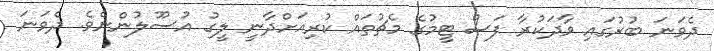
ދެވަނަ ބުރުގައި ވާދަކުރާ ފަސް ޓީމުގެ މެޗުތައް ކުރިއަށްދާނީ ލީގު އުސޫލުންނެވެ. ދެވަނަ